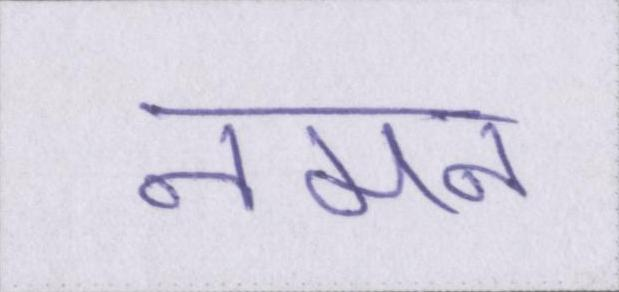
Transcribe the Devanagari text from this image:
नमन